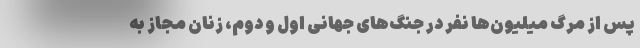
پس از مرگ میلیون‌ها نفر در جنگ‌های جهانی اول و دوم، زنان مجاز به